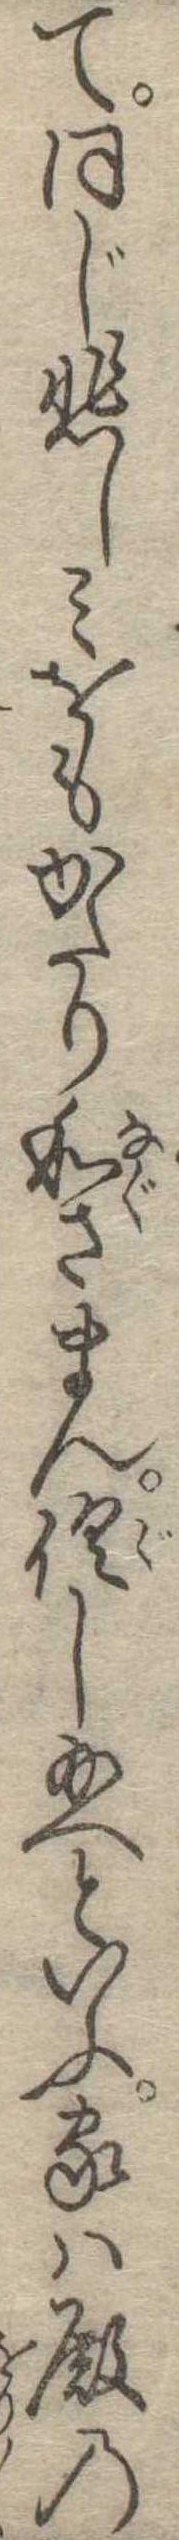
て同じ悲しみをもかたり和さまん倶し給へといふ家は殿の